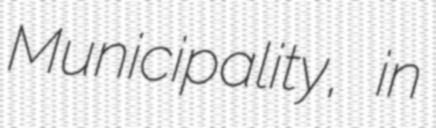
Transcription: Municipality, in